system: You are a helpful assistant.
user:
Analyze the provided spectrum to determine if it is a **S-type Star**.

- **Key Indicators for S-type Star:**

    - **(Overall Spectrum Shape):** The first and most obvious characteristic is the overall continuum (the "baseline" shape). It is **extremely "red-sloping,"** meaning the flux (light intensity) is very low on the left side (blue, ~4000-4500 Å) and rises steeply and continuously toward the right side (red, ~7000 Å+).

    - **(Primary):** The spectrum is defined by the presence of strong, broad molecular absorption "valleys" (bands) from **Zirconium Oxide (ZrO)**. The identification of these bands is the **primary requirement** for classifying a star as S-type.
        - **(Key Bandheads):** You must find distinct, deep "dips" where the light has been absorbed. The most critical band systems to locate are:
            - **~6474 Å** ($\gamma$-system): This is often the strongest and clearest ZrO feature, found in the red part of the spectrum.
            - **~5718 Å** & **~5551 Å** ($\beta$-system): A pair of prominent absorption features in the yellow-orange part of the spectrum.
            - **~4640 Å** ($\alpha$-system): A key absorption band system in the blue-green region of the spectrum.

    - **(Secondary Confirmation):** The classification is strengthened by finding additional absorption bands from other related heavy element oxides, which are expected to be present alongside ZrO.
        - **(Key Bandheads):**
            - **Yttrium Oxide (YO):** Look for absorption dips near **~4800 Å** and **~6100 Å**.
            - **Lanthanum Oxide (LaO):** Additional absorption features, particularly in the red-orange part of the spectrum, are also characteristic.

    - **(Line Profile):** The combination of the steep red continuum and these numerous, deep molecular bands (ZrO, YO, etc.) gives the entire spectrum a very **"chopped-up"** or **"bumpy"** appearance. Instead of a smooth curve, the spectrum looks as though large, wide chunks of light have been "carved out" of it at the specific wavelengths listed above.

Think first, call **spectral_visualization_tool** if needed to examine features in detail, then provide your final answer. Your response must adhere to the following strict rules:
1.  **Overall Structure:** Your response must follow the format `<think>...</think> <tool_call>...</tool_call> (if a tool is used) <answer>...</answer>`.
2.  **Tool Usage Constraint:** You may only make **one** tool call per turn.
3.  **Final Answer Format:** In the `<answer>` tag, your conclusion must be inside a `\boxed{}` command (e.g., `\boxed{YES}` or `\boxed{NO}`), followed by your justification.

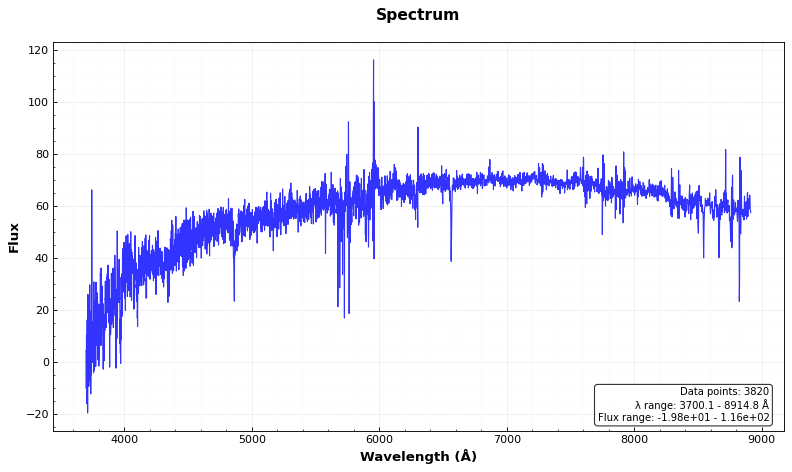
Answer: NO